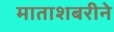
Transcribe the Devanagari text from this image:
माताशबरीने